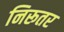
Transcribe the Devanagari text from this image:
निरूतर